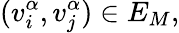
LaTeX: (v_{i}^{\alpha},v_{j}^{\alpha})\in E_{M},